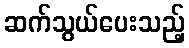
ဆက်သွယ်ပေးသည့်